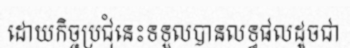
ដោយកិច្ចប្រជុំនេះទទួលបានលទ្ធផលដូចជា